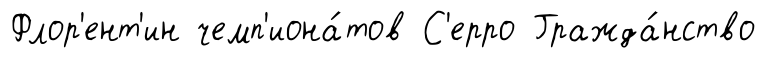
Флор'ент'ин чемп'иона́тов С'ерро Гражда́нство